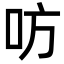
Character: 㕫